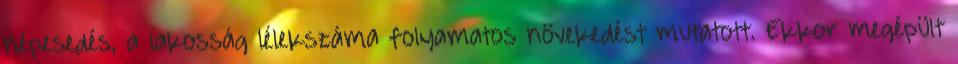
népesedés, a lakosság lélekszáma folyamatos növekedést mutatott. Ekkor megépült